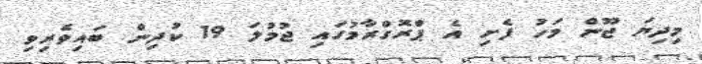
މިދިޔަ ޖޫން މަހު ފެށި އެ ޕްރޮގްރާމުގައި ޖުމުލަ 19 ކުދިން ބައިވެރިވި